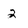
Character: 2